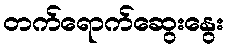
တက်ရောက်ဆွေးနွေး